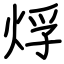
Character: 烰